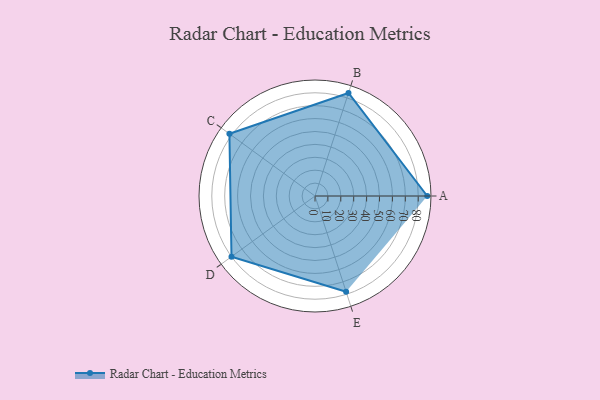
{"axis": {"x": "Skill", "y": "Score"}, "legend": ["Profile"], "data": [{"x": "A", "y": 87.0, "type": "Profile"}, {"x": "B", "y": 84.0, "type": "Profile"}, {"x": "C", "y": 82.0, "type": "Profile"}, {"x": "D", "y": 80.0, "type": "Profile"}, {"x": "E", "y": 78.0, "type": "Profile"}]}